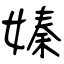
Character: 嫀